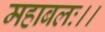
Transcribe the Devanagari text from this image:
महाबलः।।